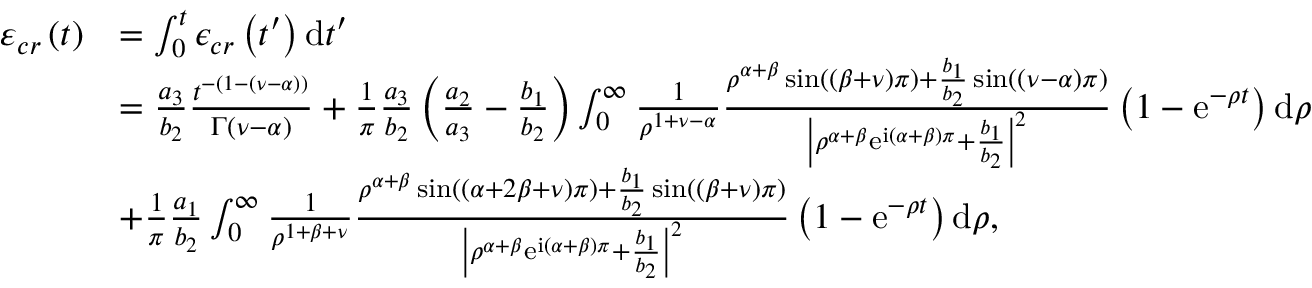
\begin{array} { r l } { \varepsilon _ { c r } \left( t \right) } & { = \int _ { 0 } ^ { t } \epsilon _ { c r } \left( t ^ { \prime } \right) \mathrm { d } t ^ { \prime } } \\ & { = \frac { a _ { 3 } } { b _ { 2 } } \frac { t ^ { - \left( 1 - \left( \nu - \alpha \right) \right) } } { \Gamma \left( \nu - \alpha \right) } + \frac { 1 } { \pi } \frac { a _ { 3 } } { b _ { 2 } } \left( \frac { a _ { 2 } } { a _ { 3 } } - \frac { b _ { 1 } } { b _ { 2 } } \right) \int _ { 0 } ^ { \infty } \frac { 1 } { \rho ^ { 1 + \nu - \alpha } } \frac { \rho ^ { \alpha + \beta } \sin \left( \left( \beta + \nu \right) \pi \right) + \frac { b _ { 1 } } { b _ { 2 } } \sin \left( \left( \nu - \alpha \right) \pi \right) } { \left\vert \rho ^ { \alpha + \beta } \mathrm { e } ^ { \mathrm { i } \left( \alpha + \beta \right) \pi } + \frac { b _ { 1 } } { b _ { 2 } } \right\vert ^ { 2 } } \left( 1 - \mathrm { e } ^ { - \rho t } \right) \mathrm { d } \rho } \\ & { + \frac { 1 } { \pi } \frac { a _ { 1 } } { b _ { 2 } } \int _ { 0 } ^ { \infty } \frac { 1 } { \rho ^ { 1 + \beta + \nu } } \frac { \rho ^ { \alpha + \beta } \sin \left( \left( \alpha + 2 \beta + \nu \right) \pi \right) + \frac { b _ { 1 } } { b _ { 2 } } \sin \left( \left( \beta + \nu \right) \pi \right) } { \left\vert \rho ^ { \alpha + \beta } \mathrm { e } ^ { \mathrm { i } \left( \alpha + \beta \right) \pi } + \frac { b _ { 1 } } { b _ { 2 } } \right\vert ^ { 2 } } \left( 1 - \mathrm { e } ^ { - \rho t } \right) \mathrm { d } \rho , } \end{array}